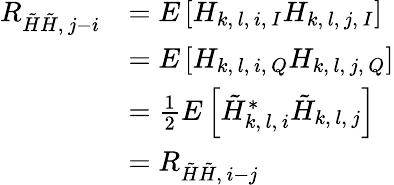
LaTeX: \begin{array}{rl}{R_{\tilde{H}\tilde{H},\, j-i}}&{=E\left[H_{k,\, l,\, i,\, I}H_{k,\, l,\, j,\, I}\right]}\\ &{=E\left[H_{k,\, l,\, i,\, Q}H_{k,\, l,\, j,\, Q}\right]}\\ &{=\frac{1}{2}E\left[\tilde{H}_{k,\, l,\, i}^{*}\tilde{H}_{k,\, l,\, j}\right]}\\ &{=R_{\tilde{H}\tilde{H},\, i-j}}\end{array}